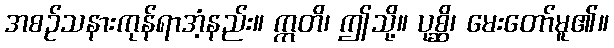
အစဉ်သနားကုန်ရာအံ့နည်း။ ဣတိ၊ ဤသို့။ ပုစ္ဆိ၊ မေးတော်မူ၏။